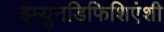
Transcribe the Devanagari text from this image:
इम्युनडिफिशिएंशी